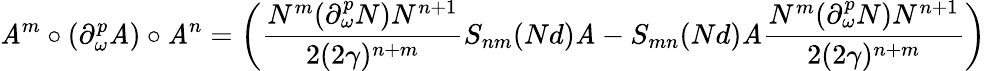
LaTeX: \mathit{A}^{m}\circ(\partial_{\omega}^{p}\mathit{A})\circ\mathit{A}^{n}=\left({\frac{{N^{m}(\partial_{\omega}^{p}N)N^{n+1}}}{{2(2\gamma)^{n+m}}}}S_{nm}(Nd)\mathit{A}-S_{mn}(Nd)\mathit{A}{\frac{{N^{m}(\partial_{\omega}^{p}N)N^{n+1}}}{{2(2\gamma)^{n+m}}}}\right)